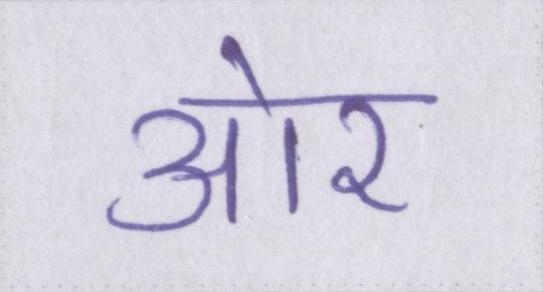
आ॓र